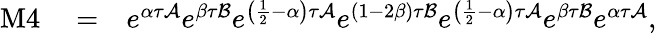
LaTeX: \begin{array}{rlr}{\mathrm{M}4}&{{}=}&{e^{\alpha\tau\mathcal{A}}e^{\beta\tau\mathcal{B}}e^{\left(\frac{1}{2}-\alpha\right)\tau\mathcal{A}}e^{(1-2\beta)\tau\mathcal{B}}e^{\left(\frac{1}{2}-\alpha\right)\tau\mathcal{A}}e^{\beta\tau\mathcal{B}}e^{\alpha\tau\mathcal{A}},}\end{array}